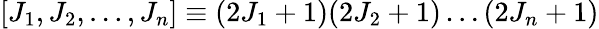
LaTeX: [J_{1},J_{2},\ldots,J_{n}]\equiv(2J_{1}+1)(2J_{2}+1)\ldots(2J_{n}+1)